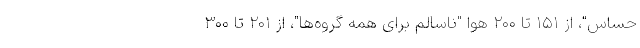
حساس"، از ۱۵۱ تا ۲۰۰ هوا "ناسالم برای همه گروه‌ها"، از ۲۰۱ تا ۳۰۰